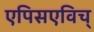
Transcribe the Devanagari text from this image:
एपिसएविच्